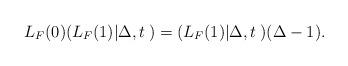
LaTeX: \begin{align*}L_F(0)(L_F(1)|\Delta,t\>) = (L_F(1)|\Delta,t\>)(\Delta-1).\end{align*}